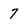
Character: 7